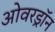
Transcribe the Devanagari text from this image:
ओवरड्रॉन